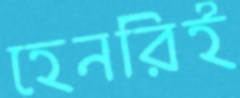
হেনরিই